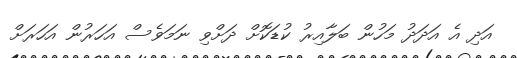
އަދި އެ އަދަދު މަހުން ބަލާއިރު ކުޑަކޮށް ދަށްވި ނަމަވެސް އަހަރުން އަހަރަށް